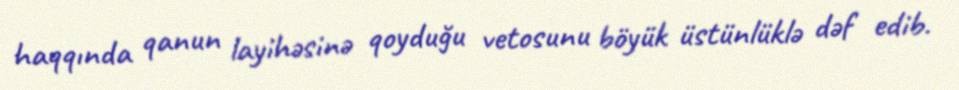
haqqında qanun layihəsinə qoyduğu vetosunu böyük üstünlüklə dəf edib.